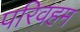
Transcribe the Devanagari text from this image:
परिवहम